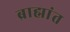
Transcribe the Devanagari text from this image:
ब्राह्मांत